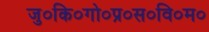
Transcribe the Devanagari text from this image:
जु०कि०गो०प्र०स०वि०म०